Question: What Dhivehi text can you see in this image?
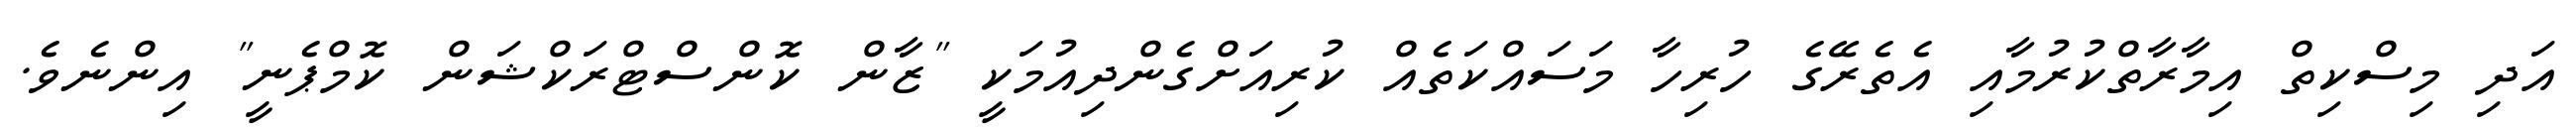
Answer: އަދި މިސްކިތް އިމާރާތްކުރުމާއި އެތެރޭގެ ހުރިހާ މަސައްކަތެއް ކުރިއަށްގެންދިއުމަކީ "ޒާން ކޮންސްޓްރަކްޝަން ކޮމްޕެނީ" އިންނެވެ.